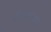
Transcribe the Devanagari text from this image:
सायनाला